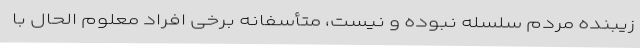
زیبنده مردم سلسله نبوده و نیست، متأسفانه برخی افراد معلوم الحال با